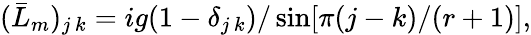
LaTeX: (\bar{L}_{m})_{j\, k}=ig(1-\delta_{j\, k})/\sin[\pi(j-k)/(r+1)],